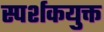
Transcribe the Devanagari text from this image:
स्पर्शकयुक्त